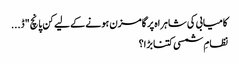
کامیابی کی شاہراہ پر گامزن ہونے کے لیے کن پانچ "ڈ...
نظامِ شمسی کتنا بڑا؟